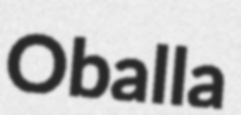
Oballa